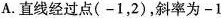
A.直线经过点(-1，2)，斜率为-1